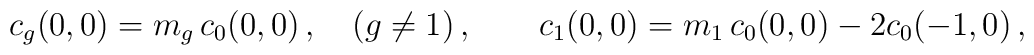
c_{g}(0,0)=m_g\, c_{0}(0,0)\,,\quad(g\neq 1)\,, \qquad  c_{1}(0,0)=m_1\, c_{0}(0,0)-2 c_{0}(-1,0)\,,